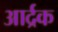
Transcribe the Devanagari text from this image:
आर्द्रक